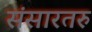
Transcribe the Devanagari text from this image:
संसारतरु